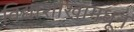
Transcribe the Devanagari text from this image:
विद्याशाखांमधून